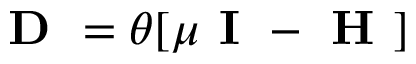
\boldsymbol { \textbf { D } } = \theta [ \mu \textbf { I } - { \boldsymbol { \textbf { H } } } ]